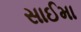
સાઈમા